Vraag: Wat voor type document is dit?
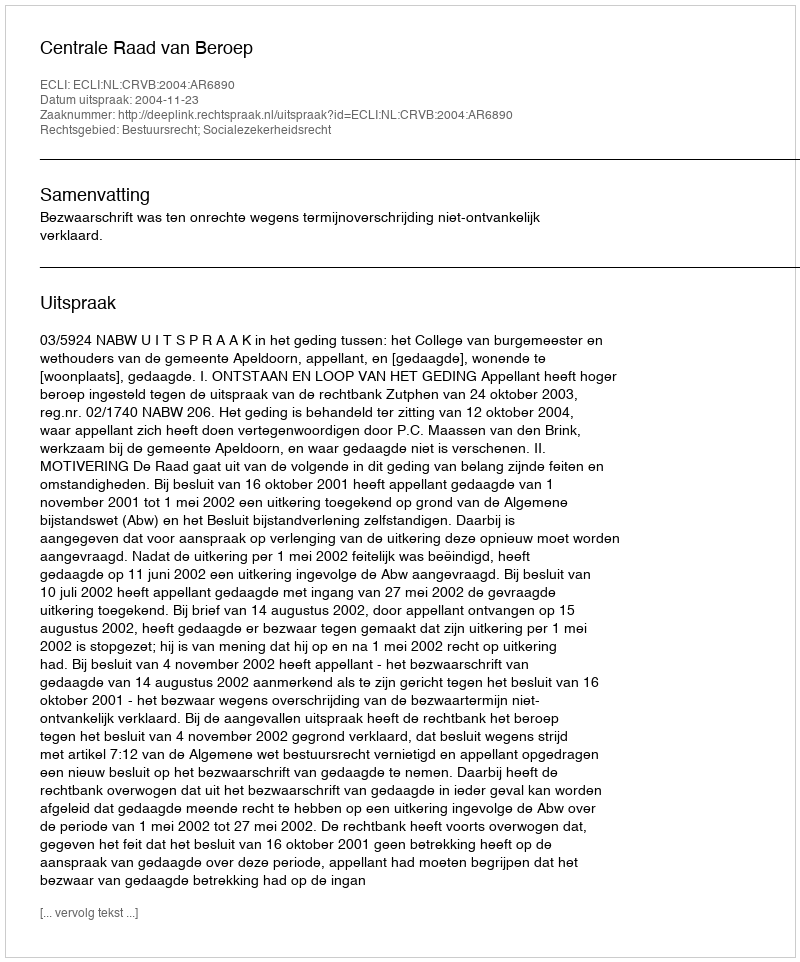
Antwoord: Uitspraak